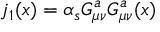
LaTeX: j _ { 1 } ( x ) = \alpha _ { s } G _ { \mu \nu } ^ { a } G _ { \mu \nu } ^ { a } ( x )